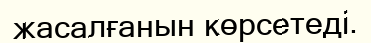
жасалғанын көрсетеді.